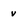
Character: v